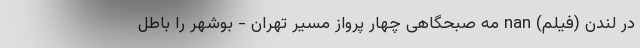
در لندن (فیلم) nan مه صبحگاهی چهار پرواز مسیر تهران - بوشهر را باطل